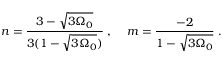
n = \frac { 3 - \sqrt { 3 \Omega _ { 0 } } } { 3 ( 1 - \sqrt { 3 \Omega _ { 0 } } ) } \; , \; \; \; \; m = \frac { - 2 } { 1 - \sqrt { 3 \Omega _ { 0 } } } \; .